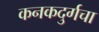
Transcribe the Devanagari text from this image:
कनकदुर्गचा